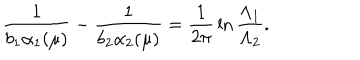
LaTeX: \frac { 1 } { b _ { 1 } \alpha _ { 1 } ( \mu ) } - \frac { 1 } { b _ { 2 } \alpha _ { 2 } ( \mu ) } = \frac { 1 } { 2 \pi } \, \ln \frac { \Lambda _ { 1 } } { \Lambda _ { 2 } } .